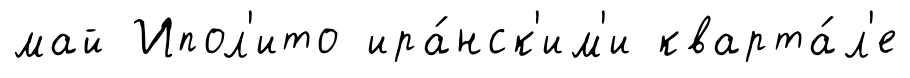
май Ипол'ито ира́нск'им'и кварта́л'е